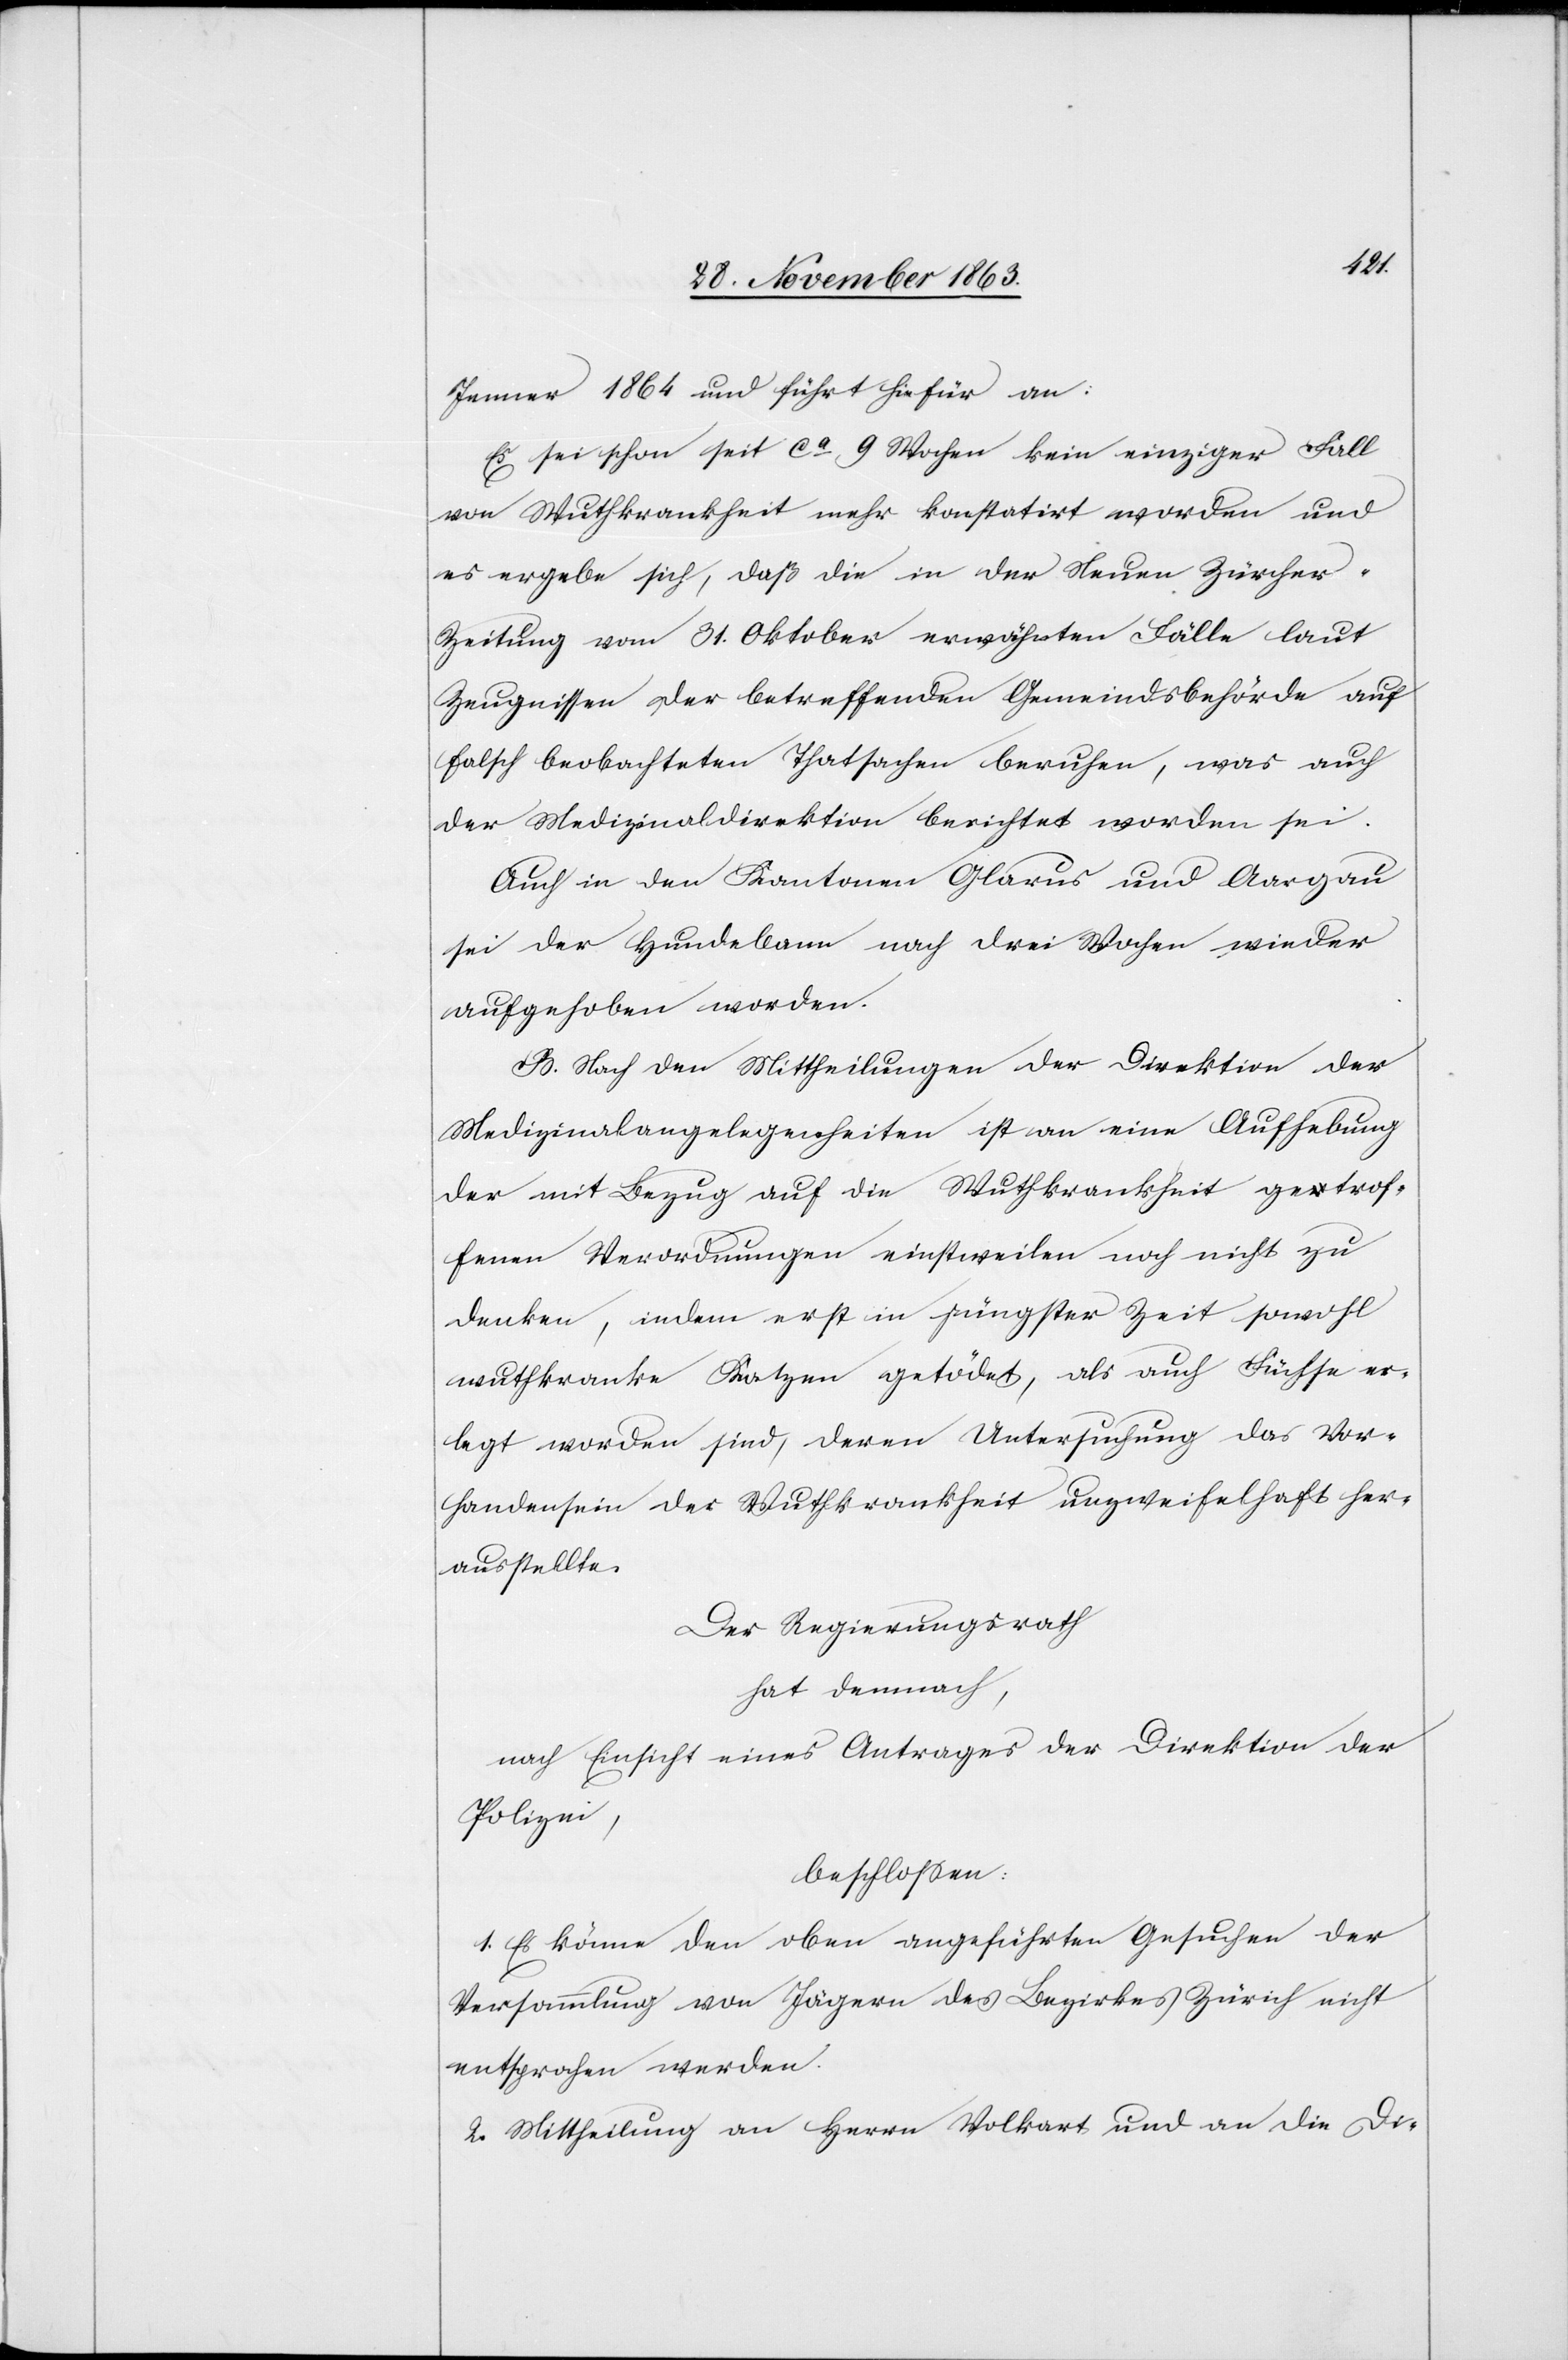
Jenner 1864 und führt hiefür an:
Es sei schon seit ca 9 Wochen kein einziger Fall
von Wuthkrankheit mehr konstatirt worden und
es ergebe sich, daß die in der Neuen Zürcher-Z¬
eitung vom 31. Oktober erwähnten Fälle laut
Zeugnissen der betreffenden Gemeindsbehörde auf
falsch beobachteten Thatsachen beruhen, was auch
der Medizinaldirektion berichtet worden sei.
Auch in den Kantonen Glarus und Aargau
sei der Hundebann nach drei Wochen wieder
aufgehoben worden.
B. Nach den Mittheilungen der Direktion der
Medizinalangelegenheiten ist an eine Aufhebung
der mit Bezug auf die Wuthkrankheit getrof¬
fenen Verordnungen einstweilen noch nicht zu
denken, indem erst in jüngster Zeit sowohl
wuthkranke Katzen getödet, als auch Füchse er¬
legt worden sind, deren Untersuchung das Vor¬
handensein der Wuthkrankheit unzweifelhaft her¬
ausstellte.
Der Regierungsrath
hat demnach,
nach Einsicht eines Antrages der Direktion der
Polizei,
beschlossen:
1. Es könne den oben angeführten Gesuchen der
Versammlung von Jägern des Bezirkes Zürich nicht
entsprochen werden.
2. Mittheilung an Herrn Volkart und an die Di-